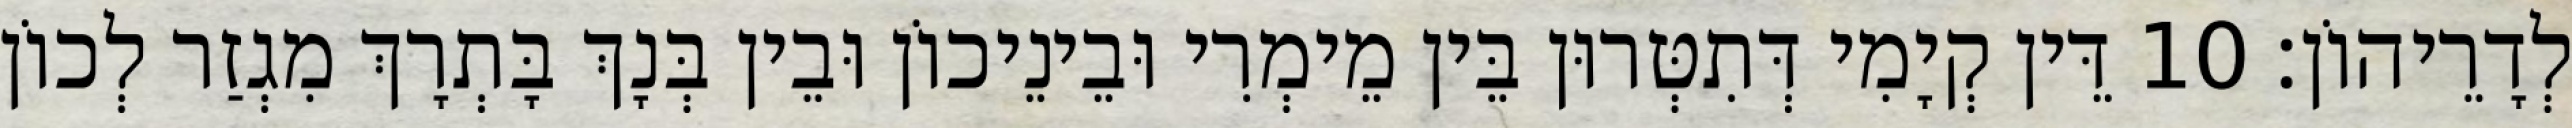
לְדָרֵיהוֹן׃ 10 דֵּין קְיָמִי דְּתִטְּרוּן בֵּין מֵימְרִי וּבֵינֵיכוֹן וּבֵין בְּנָךְ בָּתְרָךְ מִגְזַר לְכוֹן